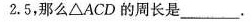
2 . 5$$，那么△ACD的周长是___.